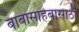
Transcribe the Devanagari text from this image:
बाबासाहेबासाठी